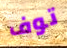
توف